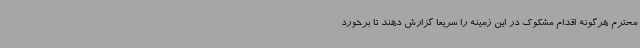
محترم هرگونه اقدام مشکوک در این زمینه را سریعا گزارش دهند تا برخورد